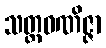
သတ္ထဝဏိဇ္ဇာ